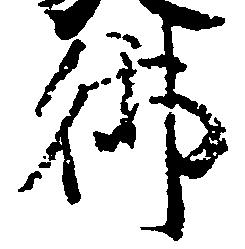
御